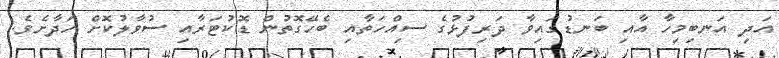
އަދި އަނބިމިހާ އާއި ބަނޑުގައިވާ ދަރިފުޅުގެ ސިއްހަތާއި ބެހޭގޮތުން ޑޮކުޓަރާއި ސުވާލުކޮށް ހަދާށެވެ.